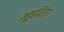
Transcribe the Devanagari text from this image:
भूषविता